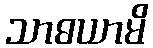
သာဓယာမိ